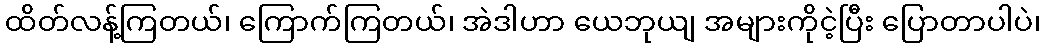
ထိတ်လန့်ကြတယ်၊ ကြောက်ကြတယ်၊ အဲဒါဟာ ယေဘုယျ အများကိုငဲ့ပြီး ပြောတာပါပဲ၊